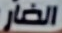
الضار